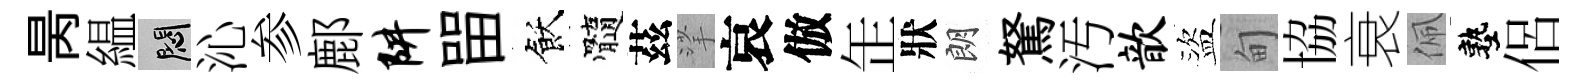
昺緼悶沁参鄜阱㽞飫髓茲挲哀倣𦈢狀朗駑汚歆盜甸協衰佩塾侶